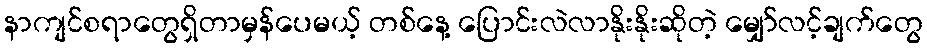
နာကျင်စရာတွေရှိတာမှန်ပေမယ့် တစ်နေ့ ပြောင်းလဲလာနိုးနိုးဆိုတဲ့ မျှော်လင့်ချက်တွေ